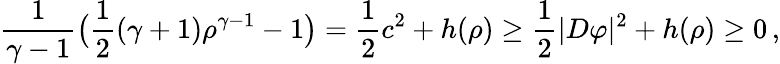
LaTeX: \frac{1}{\gamma-1}\big(\frac 12(\gamma+1)\rho^{\gamma-1}-1\big)=\frac 12c^{2}+h(\rho)\geq\frac 12|D\varphi|^{2}+h(\rho)\geq 0\, ,